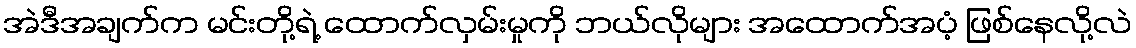
အဲဒီအချက်က မင်းတို့ရဲ့ ထောက်လှမ်းမှုကို ဘယ်လိုများ အထောက်အပံ့ ဖြစ်နေလို့လဲ